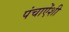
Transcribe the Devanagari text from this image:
पंचाऐंशी